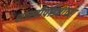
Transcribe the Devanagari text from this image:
शास्त्रीपंडितांच्या